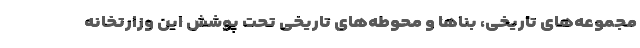
مجموعه‌های تاریخی، بناها و محوطه‌های تاریخی تحت پوشش این وزارتخانه